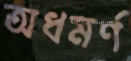
অধমর্ণ